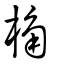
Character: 桷